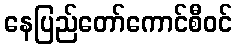
နေပြည်တော်ကောင်စီဝင်